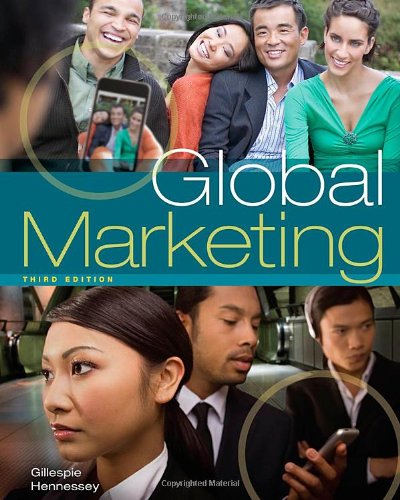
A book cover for Global Marketing; Kate Gillespie; Business & Money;